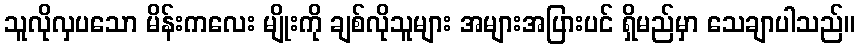
သူလိုလှပသော မိန်းကလေး မျိုးကို ချစ်လိုသူများ အများအပြားပင် ရှိမည်မှာ သေချာပါသည်။